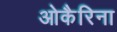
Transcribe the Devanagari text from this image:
ओकैरिना